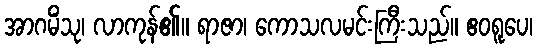
အာဂမိံသု၊ လာကုန်၏။ ရာဇာ၊ ကောသလမင်းကြီးသည်။ ဧဝရူပေ၊